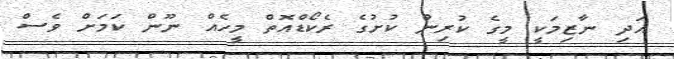
އަދި ނާޒިމަކީ މީގެ ކުރިން ކުށުގެ ރެކޯޑްއޮތް މީހެއް ނޫން ކަމަށް ވެސް